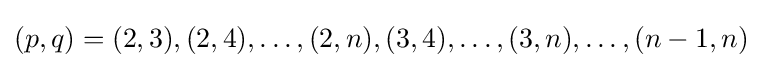
(p,q)=(2,3),(2,4),\dots ,(2,n),(3,4),\dots ,(3,n),\dots ,(n-1,n)